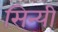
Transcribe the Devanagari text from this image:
सिन्यी